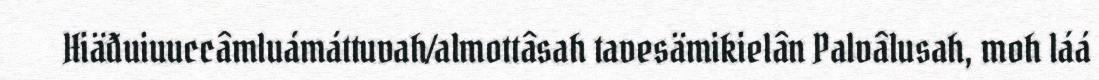
Hiäđuiuuccâmluámáttuvah/almottâsah tavesämikielân Palvâlusah, moh láá